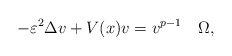
\begin{align*}-\varepsilon^{2}\Delta v+V(x)v=v^{p-1}\quad\Omega,\end{align*}